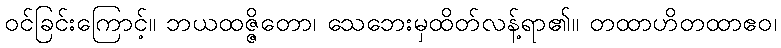
ဝင်ခြင်းကြောင့်။ ဘယထဇ္ဇိတော၊ သေဘေးမှထိတ်လန့်ရာ၏။ တထာဟိတထာဧဝ၊